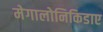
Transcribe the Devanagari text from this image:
मेगालोनिकिडाए